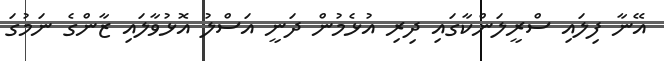
އޭނާ ފިލައި ސްރީލަންކާގައި ދިރި އުޅެމުން ދަނީ އަސްލު އޮޅުވާލައި ޒާންގެ ނަމުގަ